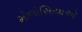
મોલોસિયાએ